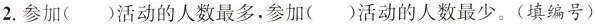
2.参加()活动的人数最多，参加()活动的人数最少。(填编号)